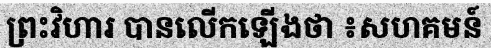
ព្រះវិហារ បានលើកឡើងថា ៖សហគមន៍